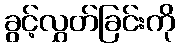
ခွင့်လွှတ်ခြင်းကို